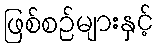
ဖြစ်စဉ်များနှင့်